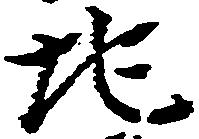
地